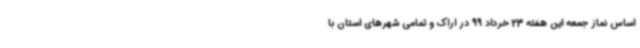
اساس نماز جمعه این هفته 23 خرداد 99 در اراک و تمامی شهرهای استان با